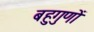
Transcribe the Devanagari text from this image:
बहुगुणों